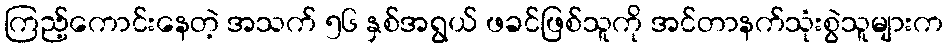
ကြည့်ကောင်းနေတဲ့ အသက် ၅၆ နှစ်အရွယ် ဖခင်ဖြစ်သူကို အင်တာနက်သုံးစွဲသူများက